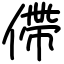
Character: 僀